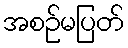
အစဉ်မပြတ်